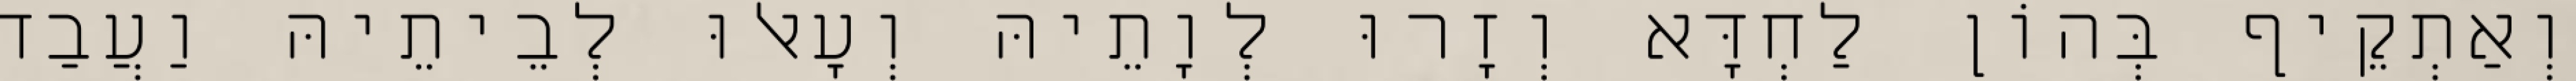
וְאַתְקֵיף בְּהוֹן לַחְדָּא וְזָרוּ לְוָתֵיהּ וְעָאלוּ לְבֵיתֵיהּ וַעֲבַד